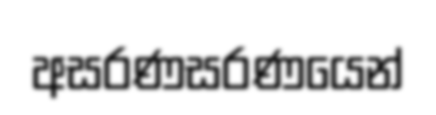
අසරණසරණයෙන්